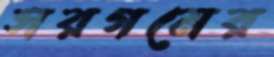
সরগমের